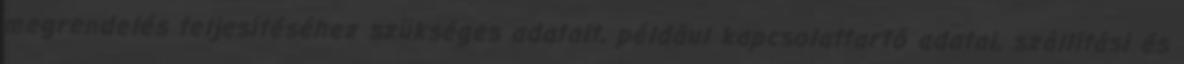
megrendelés teljesítéséhez szükséges adatait, például kapcsolattartó adatai, szállítási és